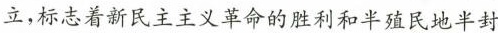
立，标志着新民主主义革命的胜利和半殖民地半封